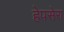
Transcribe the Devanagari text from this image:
हेपसेरा